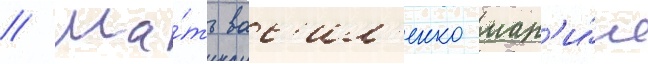
// Ма́ть вас'ил'енко мар'и́я